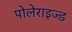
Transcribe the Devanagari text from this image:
पोलेराइज्ड